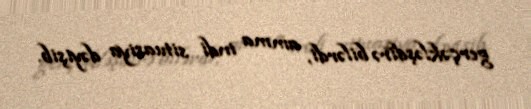
gerçəkləşdirə bilərdi, amma indi situasiya dəyişib.